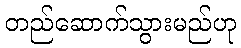
တည်ဆောက်သွားမည်ဟု